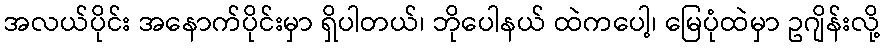
အလယ်ပိုင်း အနောက်ပိုင်းမှာ ရှိပါတယ်၊ ဘိုပေါနယ် ထဲကပေါ့၊ မြေပုံထဲမှာ ဥဂျိန်းလို့